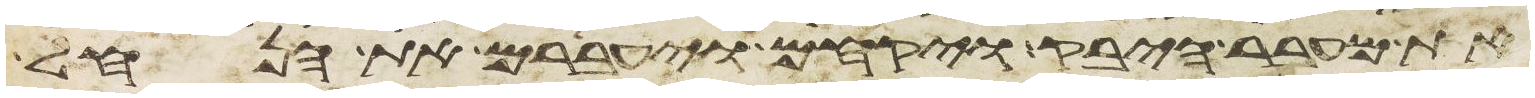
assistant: את מעבר היבק ויקחם ויעברם את הנחל